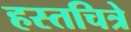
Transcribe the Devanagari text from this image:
हस्तचित्रे